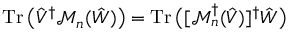
\operatorname { T r } \big ( \hat { V } ^ { \dag } \mathcal { M } _ { n } ( \hat { W } ) \big ) = \operatorname { T r } \big ( [ \mathcal { M } _ { n } ^ { \dag } ( \hat { V } ) ] ^ { \dag } \hat { W } \big )